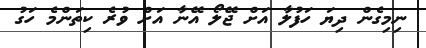
ނިމިގެން ދިޔަ ހަފުލާ އަށް ޖޭލޯ އޭނާ އަށް ވުރެ ކިތަންމެ ހަގު